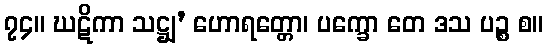
၇၄။ ဃဋိကာ သဋ္ဌျ’ ဟောရတ္တော၊ ပက္ခော တေ ဒသ ပဉ္စ စ။